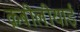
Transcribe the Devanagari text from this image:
क़बीलीयाई